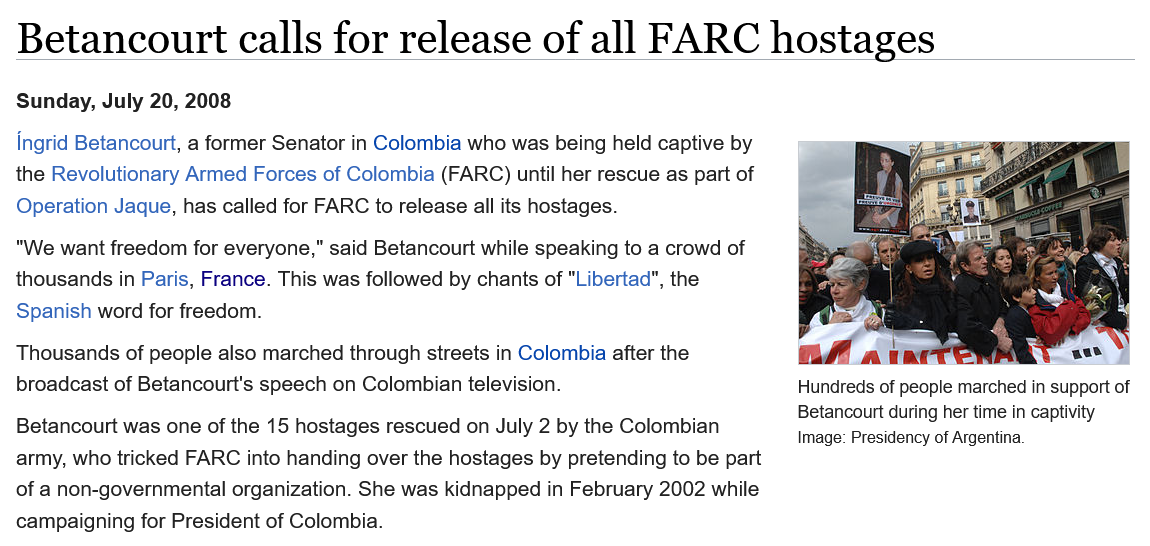
ingrid Betancourt, a former Senator in Colombia who was being held captive by
  the Revolutionary Armed Forces of Colombia (FARC) until her rescue as part of
  Operation Jaque, has called for FARC to release all its hostages.
  “We want freedom for everyone,” said Betancourt while speaking to a crowd of
  thousands in Paris, France. This was followed by chants of "Libertad", the
  Spanish word for freedom.
  Betancourt was one of the 15 hostages rescued on July 2 by the Colombian
  army, who tricked FARC into handing over the hostages by pretending to be part
  of a non-governmental organization. She was kidnapped in February 2002 while
  campaigning for President of Colombia.
  Thousands of people also marched through streets in Colombia after the
  broadcast of Betancourt's speech on Colombian television.   Hundreds of people marched in support of
     Betancourt during her time in captivity
     Image: Presidency of Argentina.
  Sunday, July 20, 2008
  Betancourt    calls    for  release    of  all FARC    hostages